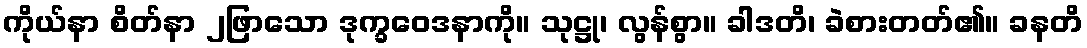
ကိုယ်နာ စိတ်နာ ၂ဖြာသော ဒုက္ခဝေဒနာကို။ သုဋ္ဌု၊ လွန်စွာ။ ခါဒတိ၊ ခဲစားတတ်၏။ ခနတိ